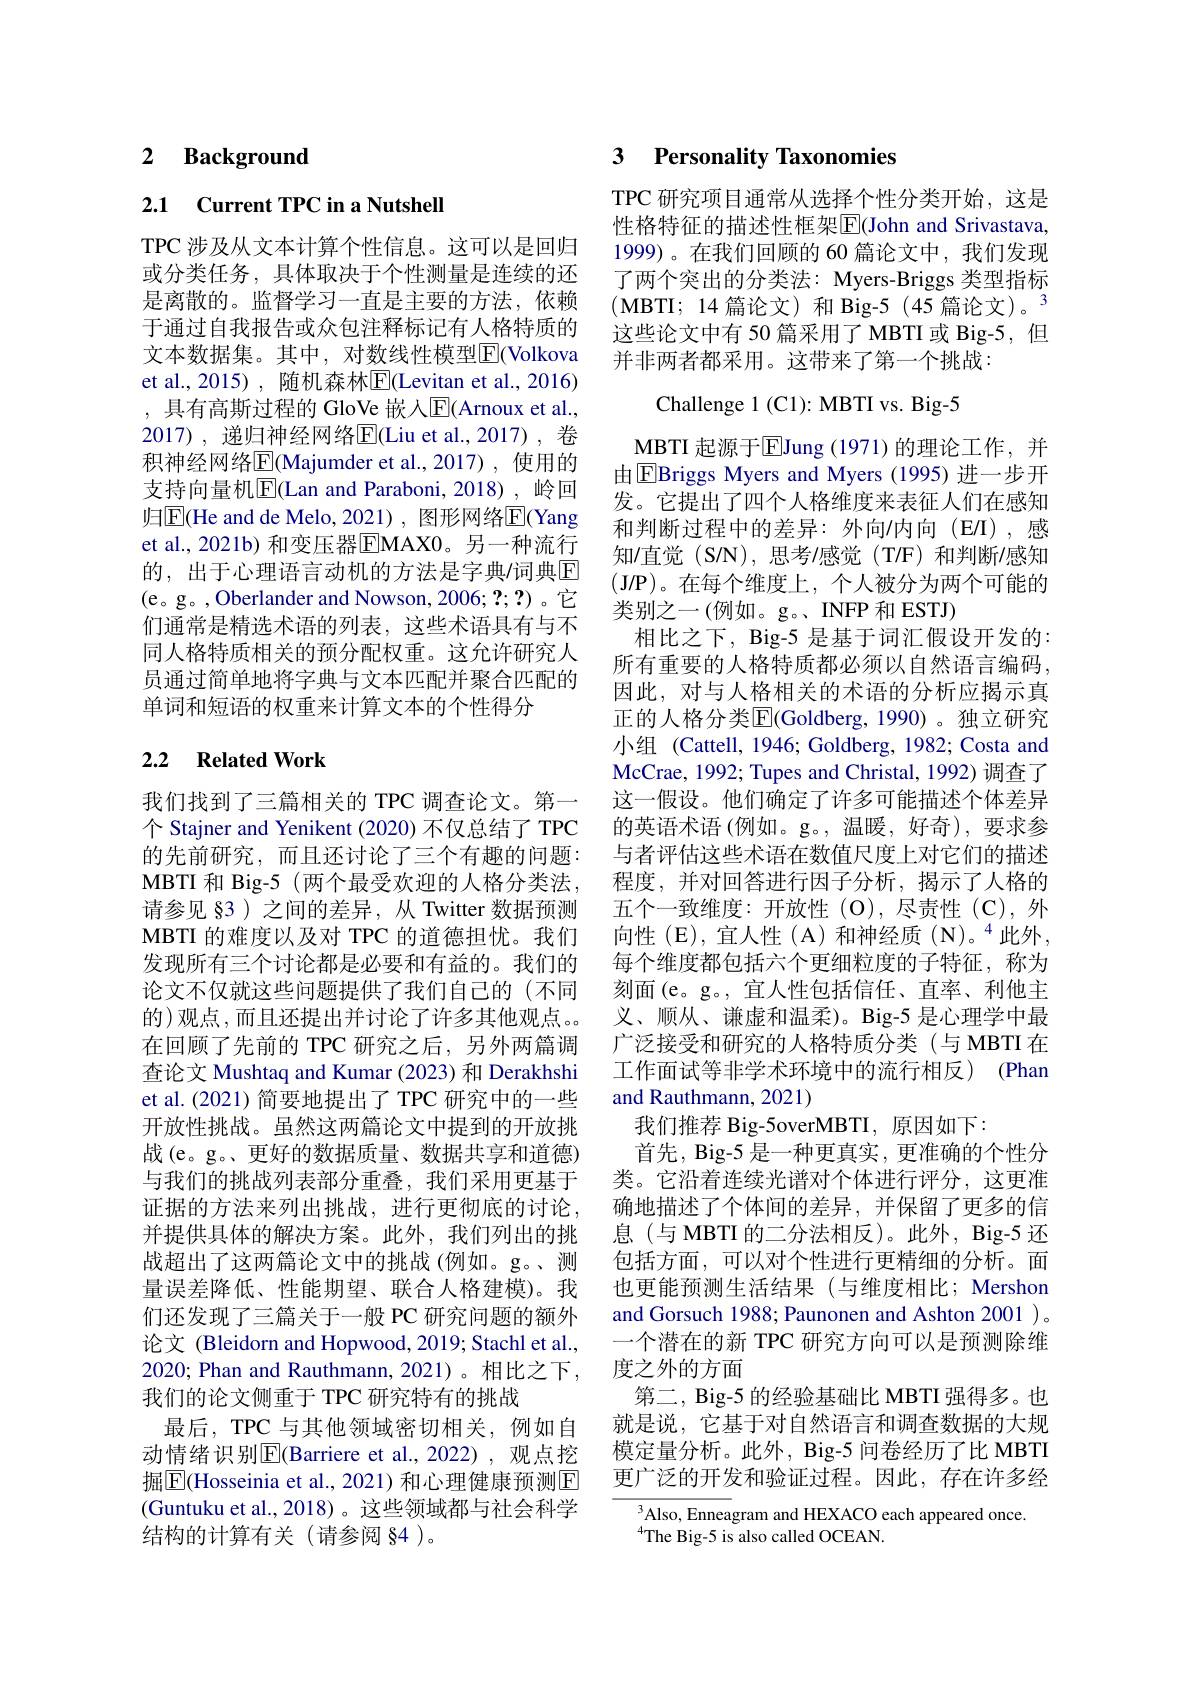
# 2 $\textbf{Background}$

2.1 Current TPC in a Nutshell

TPC 涉及从文本计算个性信息。这可以是回归或分类任务，具体取决于个性测量是连续的还是离散的。监督学习一直是主要的方法，依赖于通过自我报告或众包注释标记有人格特质的文本数据集。其中，对数线性模型$\overline{\mathrm{F}}($Volkova et al.,2015) , 随机森林$\overline{\mathrm{E}}($Levitan et al., 2016) , 具有高斯过程的 GloVe 嵌人$\overline{\mathrm{E}}($Arnoux et al., 2017) , 递归神经网络$\overline{\mathrm{E}}($Liu et al.,2017),\:卷积神经网络$\overline{\mathrm{E}}($Majumder et al.,2017),使用的支持向量机$\overline{\mathrm{E}}($Lan and Paraboni, 2018), 岭回归$\overline{\mathrm{E}}$(He and de Melo, 2021) , 图形网络$\overline{\mathrm{E}}$(Yang et al., 2021b) 和变压器E|MAX0。另一种流行的，出于心理语言动机的方法是字典/词典$\mathbb{E}$ (e。g。,Oberlander and Nowson,2006; ?;?)。它们通常是精选术语的列表，这些术语具有与不同人格特质相关的预分配权重。这允许研究人员通过简单地将字典与文本匹配并聚合匹配的单词和短语的权重来计算文本的个性得分

## 2.2 Related Work

我们找到了三篇相关的 TPC 调查论文。第一个 Stajner and Yenikent (2020) 不仅总结了 TPC 的先前研究，而且还讨论了三个有趣的问题： MBTI 和 Big-5 (两个最受欢迎的人格分类法， 请参见 §3 ) 之间的差异，从 Twitter 数据预测MBTI 的难度以及对 TPC 的道德担忧。我们发现所有三个讨论都是必要和有益的。我们的论文不仅就这些问题提供了我们自己的(不同的)观点，而且还提出并讨论了许多其他观点。在回顾了先前的 TPC 研究之后，另外两篇调查论文 Mushtaq and Kumar (2023) 和 Derakhshi et al.(2021)简要地提出了TPC 研究中的一些开放性挑战。虽然这两篇论文中提到的开放挑战(e。g。、更好的数据质量、数据共享和道德) 与我们的挑战列表部分重叠，我们采用更基于证据的方法来列出挑战，进行更彻底的讨论并提供具体的解决方案。此外，我们列出的挑战超出了这两篇论文中的挑战(例如。g。、测量误差降低、性能期望、联合人格建模)。我们还发现了三篇关于一般 PC 研究问题的额外论文 (Bleidorn and Hopwood, 2019; Stachl et al., 2020; Phan and Rauthmann, 2021)。相比之下， 我们的论文侧重于 TPC 研究特有的挑战
最后，TPC 与其他领域密切相关，例如自动情绪识别$\boxed{\mathrm{E}}($Barriere et al.,2022),观点挖掘$\boxed{\mathrm{E}}$(Hosseinia et al., 2021) 和心理健康预测$\boxed{\mathrm{E}}$ (Guntuku et al., 2018)。这些领域都与社会科学结构的计算有关(请参阅 §4 )。

### 3 $\textbf{Personality Taxonomies}$

TPC 研究项目通常从选择个性分类开始，这是性格特征的描述性框架$\overline{\mathrm{E}}$(John and Srivastava, 1999)。在我们回顾的 60 篇论文中，我们发现了两个突出的分类法：Myers-Briggs 类型指标(MBTI;14篇论文)和 Big-5(45篇论文)。3这些论文中有 50 篇采用了 MBTI 或 Big-5, 但并非两者都采用。这带来了第一个挑战：

Challenge 1 (C1): MBTI vs. Big-5

MBTI 起源于$\boxed{\mathrm{E}}$Jung (1971)的理论工作，并由$\boxed{\mathrm{F}}$Briggs Myers and Myers (1995)进一步开发。它提出了四个人格维度来表征人们在感知和判断过程中的差异：外向/内向(E/I),感知/直觉(S/N),思考/感觉(T/F)和判断/感知(J/P)。在每个维度上，个人被分为两个可能的类别之一(例如。g。、INFP 和 ESTJ)
相比之下，Big-5 是基于词汇假设开发的： 所有重要的人格特质都必须以自然语言编码， 因此，对与人格相关的术语的分析应揭示真正的人格分类$\overline{\mathrm{E}}($Goldberg,1990)。独立研究小组 (Cattell, 1946; Goldberg, 1982; Costa and McCrae, 1992; Tupes and Christal, 1992) 调查了这一假设。他们确定了许多可能描述个体差异的英语术语 (例如。g。,温暖，好奇),要求参与者评估这些术语在数值尺度上对它们的描述程度，并对回答进行因子分析，揭示了人格的五个一致维度：开放性(O),尽责性(C),外向性(E),宜人性(A)和神经质(N)。“此外， 每个维度都包括六个更细粒度的子特征，称为刻面(e。g。,宜人性包括信任、直率、利他主义、顺从、谦虚和温柔)。Big-5 是心理学中最广泛接受和研究的人格特质分类(与 MBTI 在工作面试等非学术环境中的流行相反) (Phan and Rauthmann, 2021)
我们推荐 Big-5overMBTI,原因如下：
首先，Big-5 是一种更真实，更准确的个性分类。它沿着连续光谱对个体进行评分，这更准确地描述了个体间的差异，并保留了更多的信息(与 MBTI 的二分法相反)。此外，Big-5 还包括方面，可以对个性进行更精细的分析。面也更能预测生活结果(与维度相比；Mershon and Gorsuch 1988; Paunonen and Ashton 2001 )。一个潜在的新 TPC 研究方向可以是预测除维度之外的方面
第二，Big-5 的经验基础比 MBTI 强得多。也就是说，它基于对自然语言和调查数据的大规模定量分析。此外，Big-5 问卷经历了比 MBTI 更广泛的开发和验证过程。因此，存在许多经
$^{3}$Also, Enneagram and HEXACO each appeared once.  $^{4}$Tur D=Tur

$^{4}$The Big-5 is also called OCEAN.